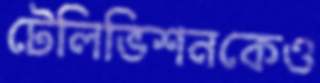
টেলিভিশনকেও